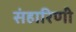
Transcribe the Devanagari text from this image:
संहारिणी